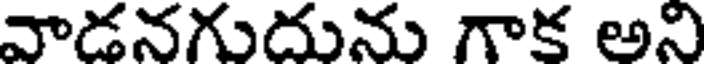
వాడనగుదును గాక అని